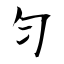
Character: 匀